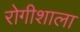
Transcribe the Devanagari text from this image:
रोगीशाला